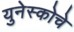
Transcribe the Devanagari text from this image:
युनेस्‍कोचे